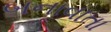
બનાવાતા